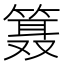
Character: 𱸗